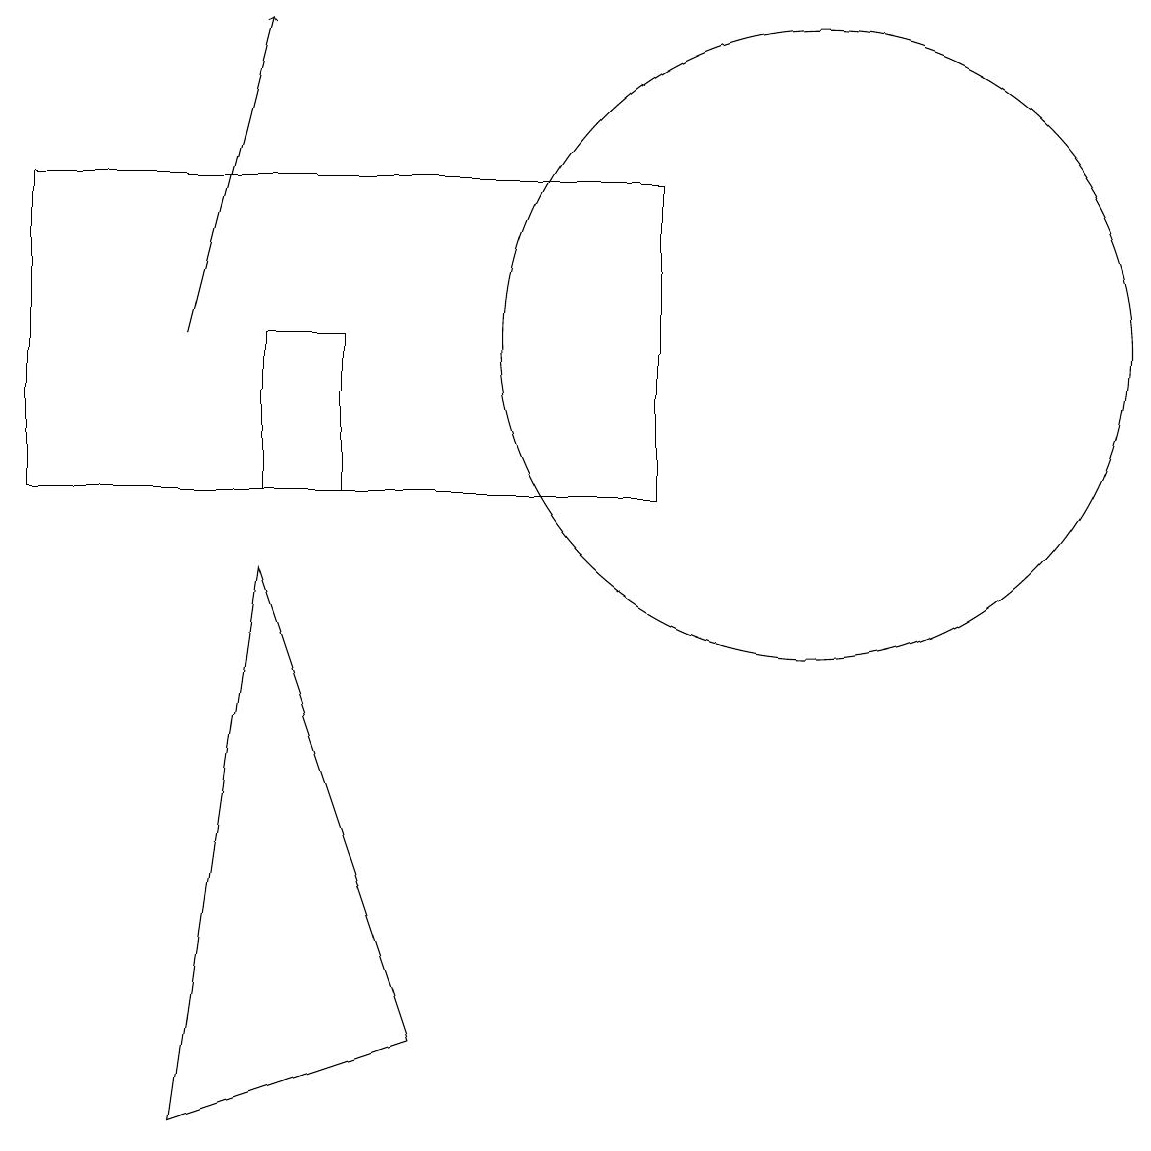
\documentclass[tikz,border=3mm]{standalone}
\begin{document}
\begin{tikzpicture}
\draw (4,10) rectangle (3,12);
\draw (5,3) -- (3,9) -- (2,2) -- cycle;
\draw (10,12) circle (4);
\draw (0,10) rectangle (8,14);
\draw[->] (2,12) -- (3,16);
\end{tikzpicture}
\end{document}